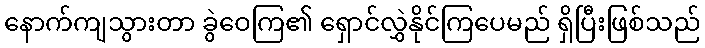
နောက်ကျသွားတာ ခွဲဝေကြ၏ ရှောင်လွှဲနိုင်ကြပေမည် ရှိပြီးဖြစ်သည်